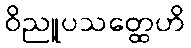
ဝိညူပသတ္ထေဟိ